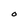
Character: O